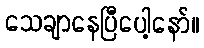
သေချာနေပြီပေါ့နော်။